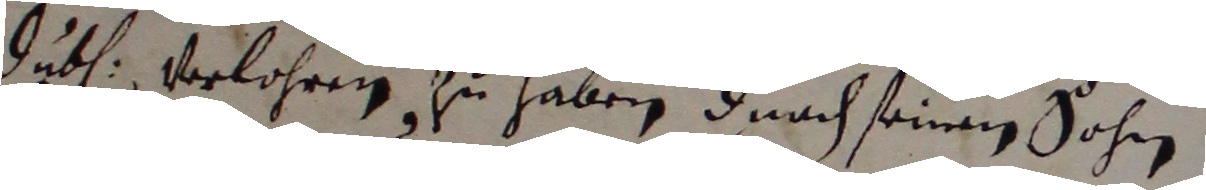
dube verlohren zu haben durch seinem sohn